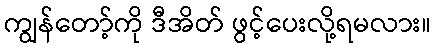
ကျွန်တော့်ကို ဒီအိတ် ဖွင့်ပေးလို့ရမလား။